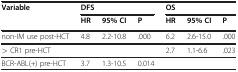
| <ROWSPAN=2> Variable | <COLSPAN=3> DFS | <COLSPAN=3> OS |
 | HR | 95% CI | P | HR | 95% CI | P |
 | --- | --- | --- | --- | --- | --- | --- |
 | non-IM use post-HCT | 4.8 | 2.2-10.8 | .000 | 6.2 | 2.6-15.0 | .000 |
 | > CR1 pre-HCT |  |  |  | 2.7 | 1.1-6.6 | .023 |
 | BCR-ABL(+) pre-HCT | 3.7 | 1.3-10.5 | 0.014 |  |  |  |